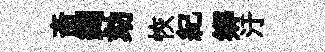
斋蠲劾恢紀鄉汙